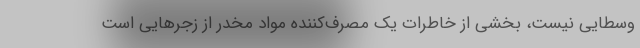
وسطایی نیست، بخشی از خاطرات یک مصرف‌کننده مواد مخدر از زجرهایی است